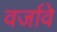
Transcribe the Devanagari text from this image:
वर्जावे